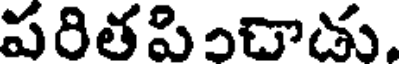
పరితపిచాడు.